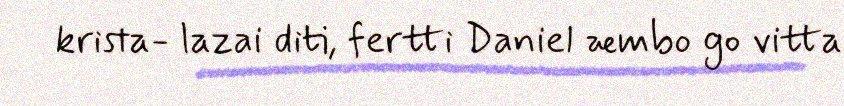
krista- lazai diti, fertti Daniel æmbo go vitta